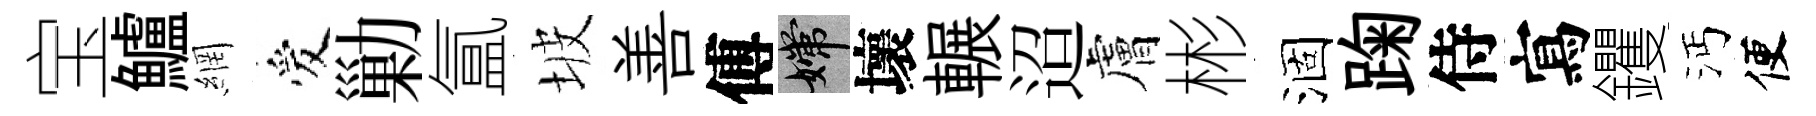
宝鱸網爱勦氲坡善傅嫦壞輾迢膚彬涸踘侍寫钁沔便